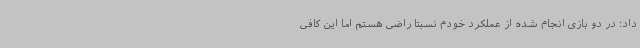
داد: در دو بازی انجام شده از عملکرد خودم نسبتا راضی هستم اما این کافی